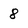
Character: 8